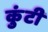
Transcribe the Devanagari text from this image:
कुंटी